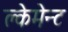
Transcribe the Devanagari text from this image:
क्लेमेन्ट